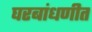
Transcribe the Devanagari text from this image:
घरबांधणीत